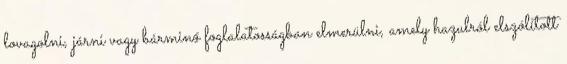
lovagolni, járni vagy bárminő foglalatosságban elmerülni, amely hazulról elszólított